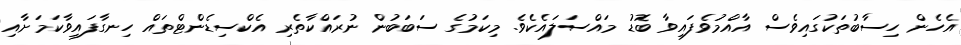
އެހެން ހިސާބުތަކުގައިވެސް އާއްމުވެފައިވާ ބޮޑު މައްސަލައެކެވެ. މިކަމުގެ ސަބަބުން ނުރައްކާތެރި އެކްސިޑެންޓްތައް ހިނގާފައިވާކަމަށާއި